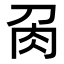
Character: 𭃘